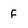
Character: f